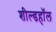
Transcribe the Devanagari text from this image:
शील्डहॉल